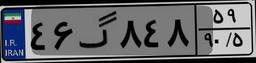
۴۶گ۸۴۸۵۹